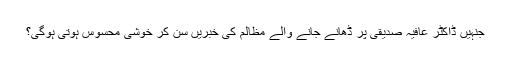
جنہیں ڈاکٹر عافیہ صدیقی پر ڈھانے جانے والے مظالم کی خبریں سن کر خوشی محسوس ہوتی ہوگی؟